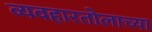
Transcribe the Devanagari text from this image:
व्यवहारतोलाच्या